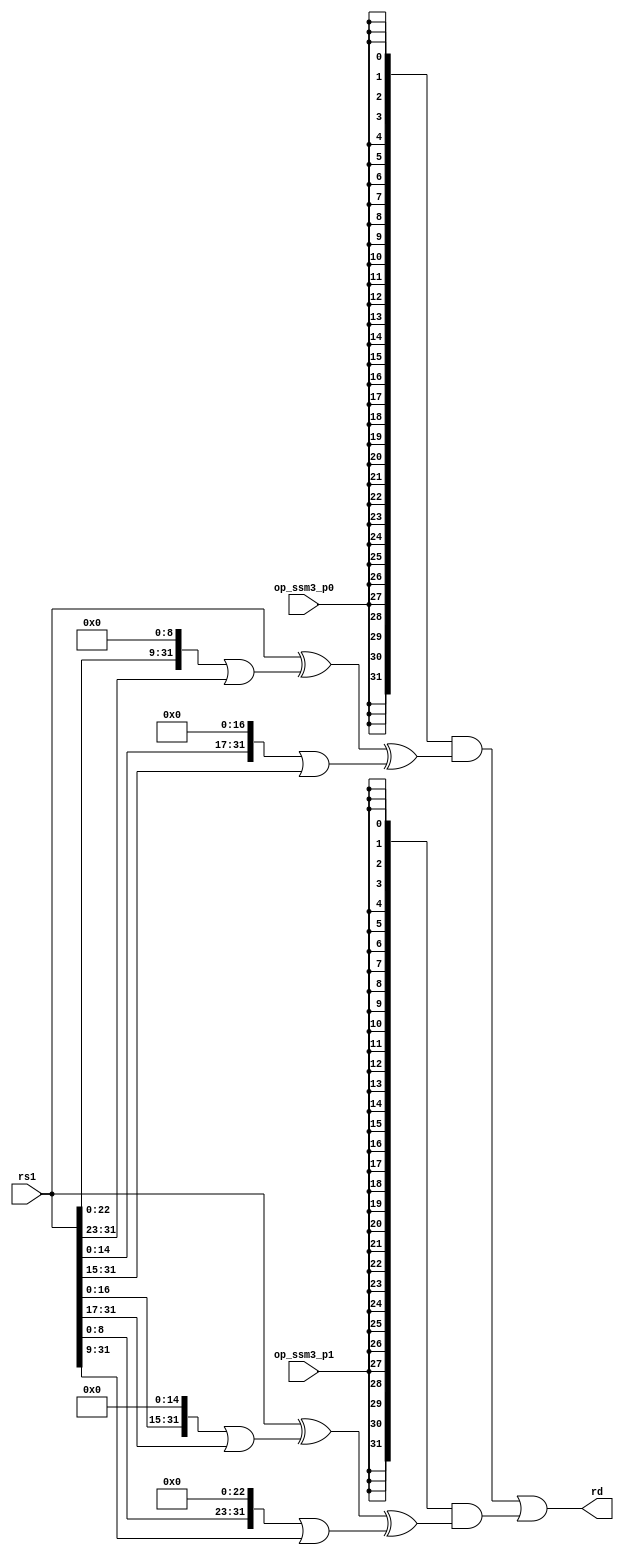
module riscv_crypto_fu_ssm3 (rs1, op_ssm3_p0, op_ssm3_p1, rd);

input [31:0] rs1 ; // Source register 1. Low 32 bits.

input op_ssm3_p0 ; // SSM3 P0
input op_ssm3_p1 ; // SSM3 P1

output [31:0] rd ; // Result.

//
// Local/internal parameters and useful defines:
// ------------------------------------------------------------

`define ROL32(a,b) ((a << b) | (a >> 32-b))

//
// Instruction logic
// ------------------------------------------------------------

// Single cycle instructions.

wire [31:0] ssm3_p0, ssm3_p1; 

assign ssm3_p0 = rs1 ^ `ROL32(rs1,  9) ^ `ROL32(rs1,17);

assign ssm3_p1 = rs1 ^ `ROL32(rs1, 15) ^ `ROL32(rs1,23);

assign rd =
    {32{op_ssm3_p0}} & ssm3_p0    |
    {32{op_ssm3_p1}} & ssm3_p1    ;

//
// Clean up macro definitions
// ------------------------------------------------------------

`undef ROL32

endmodule